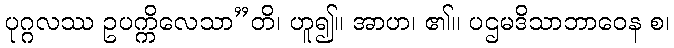
ပုဂ္ဂလဿ ဥပက္ကိလေသာ”တိ၊ ဟူ၍။ အာဟ၊ ၏။ ပဌမဒိသာဘာဝေန စ၊